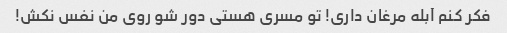
فکر کنم آبله مرغان داری! تو مسری هستی دور شو روی من نفس نکش!